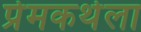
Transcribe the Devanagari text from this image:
प्रेमकथेला